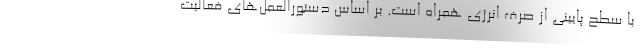
با سطح پایینی از صرف انرژی همراه است. بر اساس دستورالعمل‌های فعالیت